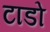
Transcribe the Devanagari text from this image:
टाडो